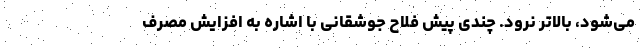
می‌شود، بالاتر نرود. چندی پیش فلاح جوشقانی با اشاره به افزایش مصرف